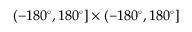
( - 1 8 0 ^ { \circ } , 1 8 0 ^ { \circ } ] \times ( - 1 8 0 ^ { \circ } , 1 8 0 ^ { \circ } ]